Vaccination United Provinces of Agra and Oudh 1914-1922 - 1914-1922
Year: 1914
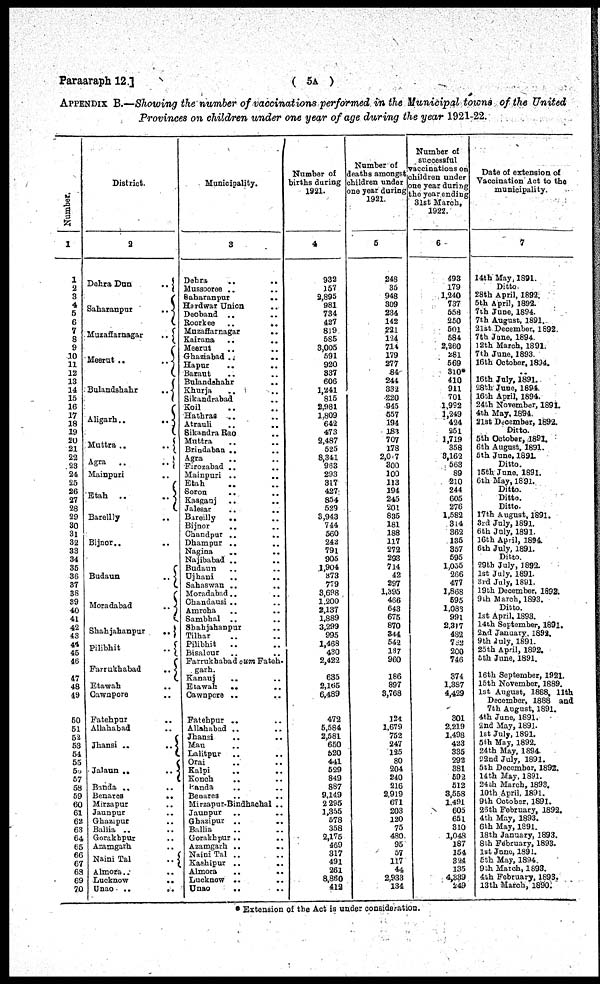
Paragraph 12.]
( 5A )
APPENDIX B.—Showing the number of vaccinations performed in the Municipal towns of the United
Provinces on children under one year of age during the year 1921-22.
Number.
1
1
2
3
4
5
6
7
8
9
10
11
12
13
14
15
16
17
18
19
20
21
22
23
24
25
26
27
28
29
30
31
32
33
34
35
36
37
38
89
40
41
42
43
44
45
46
47
48
49
50
51
52
53
54
55
56
57 58
59
60
61
62
63
64
65
66
67
68
69
70
District.
2
Dehra Dun
..
Saharanpur
..
Muzaffarnagar
..
Meerut ..
..
Bulandshahr
..
Aligarh ..
..
Muttra..
..
Agra
..
..
Mainpuri
Etah
..
..
Bareilly ..
Bijnor ..
Budaun
..
Moradabad
..
Shahjahanpur
..
Pilibhit
..
Farrukhabad
..
Etawah ..
Cawnpore ..
Fatehpur ..
Allahabad ..
Jhansi ..
..
Jalaun ..
..
Banda ..
..
Benares
..
Mirzapur ..
Jaunpur
..
Ghazipur ..
Ballia ..
Gorakhpur
..
Azamgarh ..
Naini Tal
..
Almora ..
..
Lucknow
..
Unao ..
..
Municipality.
3
Dehra .. ..
Mussooree .. ..
Saharanpur .. ..
Hardwar Union ..
Deoband ..
..
Roorkee
..
Muzaffarnagar
..
Kairana .. ..
Meerut .. ..
Ghaziabad ..
..
Hapur .. ..
Baraut
..
..
Bulandshahr
..
Khurja .. ..
Sikandrabad
..
Koil .. ..
Hathras .. ..
Atrauli
..
..
Sikandra Rao .. ..
Muttra .. ..
Brindaban ..
..
Agra
.. ..
Firozabad .. ..
Mainpuri .. ..
Etah .. ..
Soron
..
..
Kasganj .. ..
Jalesar .. ..
Bareilly
.. ..
Bijnor
..
..
Chandpur ..
..
Dhampur .. ..
Nagina
..
..
Najibabad .. ..
Budaun .. ..
Ujhani
.. ..
Sahaswan ..
..
Moradabad ..
..
Chandausi .. ..
Amroha .. ..
Sambhal .. ..
Shahjahanpur ..
Tilhar .. ..
Pilibhit
.. ..
Bisalour .. ..
Farrukhabad oum Fateh¬
garh.
Kanauj
..
..
Etawah
.. ..
Cawnpore .. ..
Fatehpur .. ..
Allahabad .. ..
Jhansi
..
..
Mau .. ..
Lalitpur .. ..
Orai .. ..
Kalpi .. ..
Konch
.. ..
Panda .. ..
Benares .. ..
Mirzapur-Bindhachal ..
Jaunpur
..
..
Ghazipur .. ..
Ballia .. ..
Gorakhpur ..
..
Azamgarh .. ..
Naini Tal .. ..
Kashipur ..
..
Almora
..
..
Lucknow .. ..
Unao .. ..
Number of
births during
1921.
4
932
157
2,895
981
734
427
819
585
3,005
591
920
337
606
1,241
815
2,981
1,809
642
473
2,487
525
8,341
963
293
317
427
854
529
3,943
744
560
242
791
905
1,904
373
779
3,698
1,200
2,137
1,889
3,299
995
1,468
430
2,422
635
2,165
6,489
472
5,584
2,581
650
520
441
529
849
887
9,149
2,295
1,355
578
358
2,175
469
317
491
261
8,860
412
Number of
deaths amongst
children under
one year during
1921.
5
248
35
948
309
234
142
221
124
714
179
277
84
244
332
220
945
557
194
183
707
178
2,077
300
100
113
194
245
201
835
181
188
117
272
293
714
42
297
1,395
466
643
675
870
344
542
137
960
186
897
3,768
124
1,679
752
247
125
80
204
240
216
2,919
671
203
120
75
480
95
57
117
44
2,933
134
Number of
successful
vaccinations on
children under
one year during
the year ending
3lst March,
1922.
6
493
179
1,240
737
558
250
501
584
2,260
281
569
310*
410
911
701
1,992
1,249
424
251
1,719
358
3,162
563
89
210
244
605
276
1,582
314
362
135
357
595
1,055
266
477
1,868
595
1,083
991
2,317
482
762
200
746
374
1,387
4,429
301
2,219
1,498
423
335
292
381
592
512
3,558
1,491
605
651
310
1,048
187
154
324
135
4,339
249
Date of extension of
Vaccination Act to the
municipality.
7
14th May, 1891.
Ditto.
28th April, 1892.
5th April, 1892.
7th June, 1894.
7th August, 1891.
21st December, 1892.
7th June, 1894.
12th March, 1891.
7th June, 1893.
16th October, 1894.
..
16th July, 1891.
28th June, 1894.
16th April, 1894.
24th November, 1891.
4th May, 1894
21st December, 1892.
Ditto.
5th October, 1891.
6th August, 1891.
5th June, 1891.
Ditto.
15th June, 1891.
6th May, 1891.
Ditto.
Ditto.
Ditto.
17th August, 1891.
3rd July, 1891.
6th July, 1891.
16th April, 1894
6th July, 1891.
Ditto.
29th July, 1892.
1st July, 1891.
3rd July, 1891.
19th December, 1892.
9th March, 1893.
Ditto.
1st April, 1893.
14th September, 1891.
2nd January, 1892.
9th July, 1891.
25th April, 1892.
5th June, 1891.
16th September, 1921.
15th November, 1889.
1st August, 1888, 11th
December, 1888 and
7th August, 1891.
4th June, 1891.
2nd May, 1891.
1st July, 1891.
5th May, 1892.
24th May, 1894.
22nd July, 1891.
5th December, 1892.
14th May, 1891.
24th March, 1893.
10th April, 1891.
9th October, 1891.
26th February, 1892.
4th May, 1893.
6th May, 1891.
18th January, 1893.
8th February, 1893.
1st June, 1891.
5th May, 1894.
9th March, 1893.
4th February, 1893.
13th March, 1890.
* Extension of the Act is under consideration.